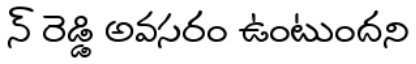
న్ రెడ్డి అవసరం ఉంటుందని